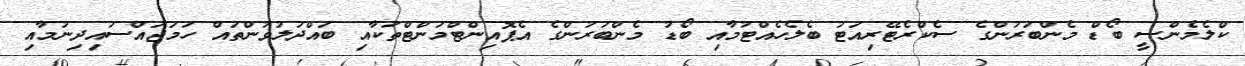
ކްލެމެންސީ ބޯޑް މެންބަރުންގެ ސެކްރެޓޭރިއަޓު ބެލެހެއްޓުމާއި ބޯޑު މެންބަރުންގެ އެޕޮއިންޓްމަންޓްތަކާއި ބައްދަލުވުންތައް ހަމަޖައްސައިދިނުމާއި